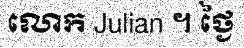
លោក Julian ។ ថ្ងៃ